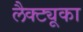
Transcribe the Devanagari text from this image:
लैक्ट्यूका